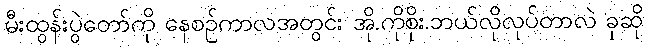
မီးထွန်းပွဲတော်ကို နေစဉ်ကာလအတွင်း အို.ကိုစိုး.ဘယ်လိုလုပ်တာလဲ ခုဆို